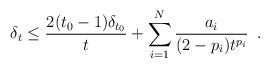
LaTeX: \begin{align*} \delta_{t} \leq \frac{2(t_{0}-1)\delta_{t_{0}}}{t}+\sum_{i=1}^{N}\frac{a_{i}}{(2-p_{i})t^{p_{i}}}\enspace. \end{align*}